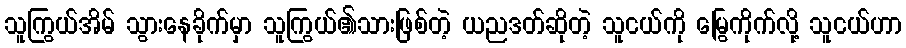
သူကြွယ်အိမ် သွားနေခိုက်မှာ သူကြွယ်၏သားဖြစ်တဲ့ ယညဒတ်ဆိုတဲ့ သူငယ်ကို မြွေကိုက်လို့ သူငယ်ဟာ